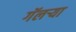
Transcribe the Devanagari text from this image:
गॅलर्‍या